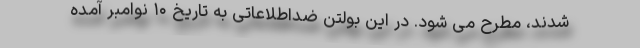
شدند، مطرح می شود. در این بولتن ضداطلاعاتی به تاریخ ۱۰ نوامبر آمده